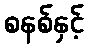
စနစ်နှင့်